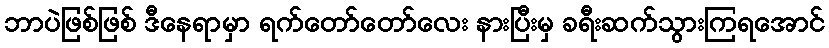
ဘာပဲဖြစ်ဖြစ် ဒီနေရာမှာ ရက်တော်တော်လေး နားပြီးမှ ခရီးဆက်သွားကြရအောင်